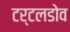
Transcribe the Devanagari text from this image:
टर्टलडोव